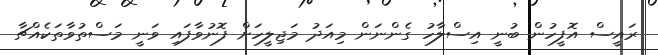
ރައީސް އޮފީހުން ބުނީ އިސްލާހު ގެންނަން މިއަދު މަޖިލީހަށް ފޮނުވާފައި ވަނީ މަސްތުވާތަކެއްޗާ